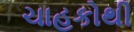
ચાહકોથી